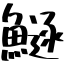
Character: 鱁